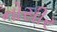
નોસીર